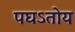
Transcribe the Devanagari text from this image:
पघऽतोय